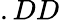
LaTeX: .DD